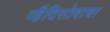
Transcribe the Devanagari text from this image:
व्हैदिसोवाचा